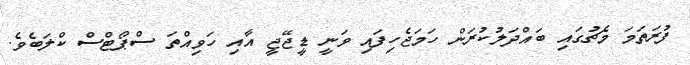
ފުރަތަމަ މެޗުގައި ބައްދަލުކުރަން ހަމަޖެހިފައި ވަނީ ޑީޖޭޖީ އާއި ހަވިއްތަ ސްޕޯޓްސް ކްލަބެވެ.